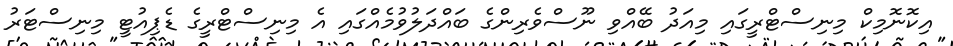
އިކޮނޮމިކް މިނިސްޓްރީގައި މިއަދު ބޭއްވި ނޫސްވެރިންގެ ބައްދަލުވުމެއްގައި އެ މިނިސްޓްރީގެ ޑެޕިއުޓީ މިނިސްޓަރު